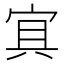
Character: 𡨋